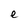
Character: e